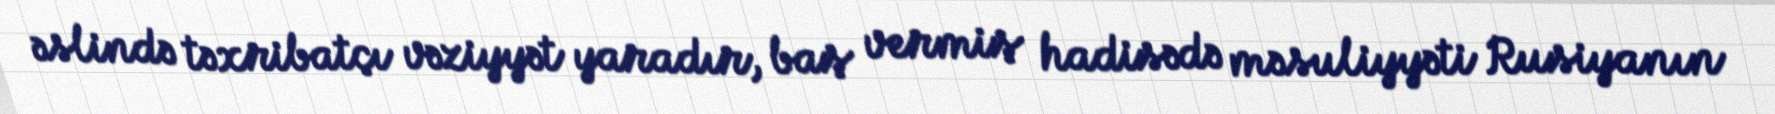
əslində təxribatçı vəziyyət yaradır, baş vermiş hadisədə məsuliyyəti Rusiyanın